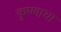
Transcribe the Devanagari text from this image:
कृष्णाया